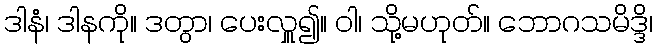
ဒါနံ၊ ဒါနကို။ ဒတွာ၊ ပေးလှူ၍။ ဝါ၊ သို့မဟုတ်။ ဘောဂသမိဒ္ဒိ၊